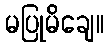
မပြုမိချေ။